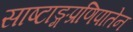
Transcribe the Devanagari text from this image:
साष्टाङ्गप्रणिपातेन